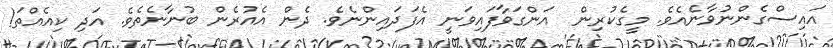
އައިސްގެންނުވާނެއެވެ. މީގެކުރިން  އަންގަވާފައިވަނީ އެފަދައިންނެވެ. ދެން އެއުރެން ބުނާނެތެވެ. އަދި ކިއެއްތަ!